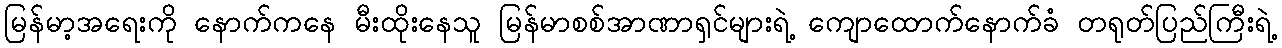
မြန်မာ့အရေးကို နောက်ကနေ မီးထိုးနေသူ မြန်မာစစ်အာဏာရှင်များရဲ့ ကျောထောက်နောက်ခံ တရုတ်ပြည်ကြီးရဲ့